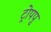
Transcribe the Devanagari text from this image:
ट्रोपपु